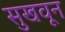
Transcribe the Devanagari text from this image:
सुखवून